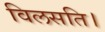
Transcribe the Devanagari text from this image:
विलसति।